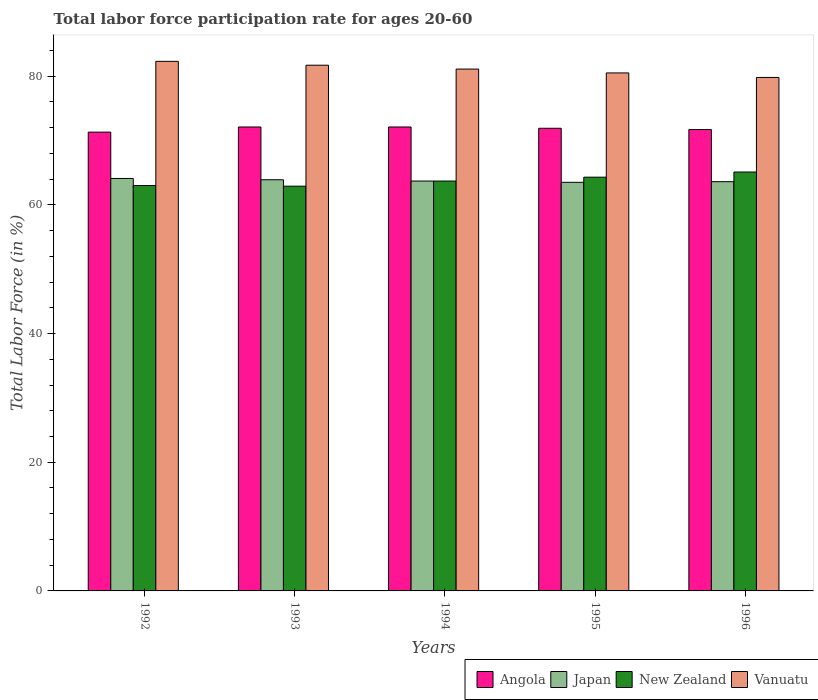
| Years | Angola | Japan | New Zealand | Vanuatu |
 | --- | --- | --- | --- | --- |
 | 1992 | 71.3 | 64.1 | 63 | 82.3 |
 | 1993 | 72.1 | 63.9 | 62.9 | 81.7 |
 | 1994 | 72.1 | 63.7 | 63.7 | 81.1 |
 | 1995 | 71.9 | 63.5 | 64.3 | 80.5 |
 | 1996 | 71.7 | 63.6 | 65.1 | 79.8 |